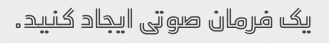
یک فرمان صوتی ایجاد کنید.